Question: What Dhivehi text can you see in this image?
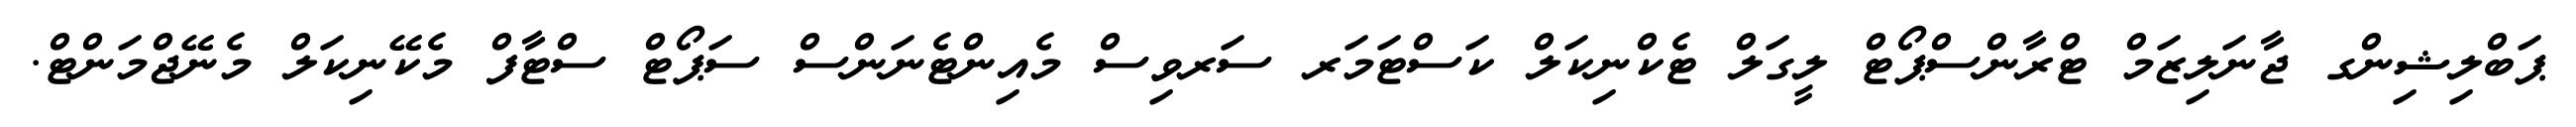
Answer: ޕަބްލިޝިންގ ޖާނަލިޒަމް ޓްރާންސްޕޯޓް ލީގަލް ޓެކްނިކަލް ކަސްޓަމަރ ސަރވިސް މެއިންޓެނަންސް ސަޕޯޓް ސްޓާފް މެކޭނިކަލް މެނޭޖްމަންޓް.